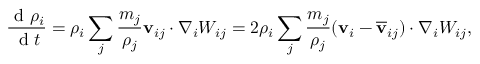
\frac { \mathrm { ~ d ~ } \rho _ { i } } { \mathrm { ~ d ~ } t } = \rho _ { i } \sum _ { j } \frac { m _ { j } } { \rho _ { j } } \mathbf { v } _ { i j } \cdot \nabla _ { i } W _ { i j } = 2 \rho _ { i } \sum _ { j } \frac { m _ { j } } { \rho _ { j } } ( \mathbf { v } _ { i } - \mathbf { \overline { { v } } } _ { i j } ) \cdot \nabla _ { i } W _ { i j } ,